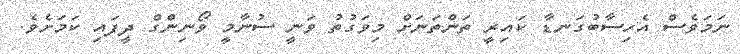
ނަމަވެސް އެހިސާބުގަނޑާ ކައިރީ ތަންތަނަށް މިވަގުތު ވަނީ ސުނާމީ ވޯނިންގް ދީފައި ކަމަށެވެ.